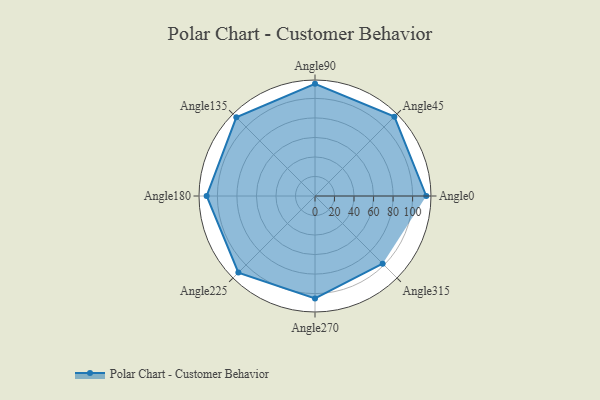
{"axis": {"x": "Angle", "y": "Radius"}, "legend": [""], "data": [{"x": "Angle0", "y": 114.0, "type": ""}, {"x": "Angle45", "y": 115.0, "type": ""}, {"x": "Angle90", "y": 115.0, "type": ""}, {"x": "Angle135", "y": 114.0, "type": ""}, {"x": "Angle180", "y": 111.0, "type": ""}, {"x": "Angle225", "y": 111.0, "type": ""}, {"x": "Angle270", "y": 105.0, "type": ""}, {"x": "Angle315", "y": 98.0, "type": ""}]}